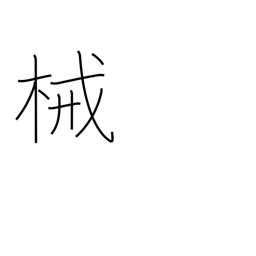
Meaning: instrument